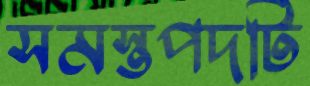
সমস্তপদটি